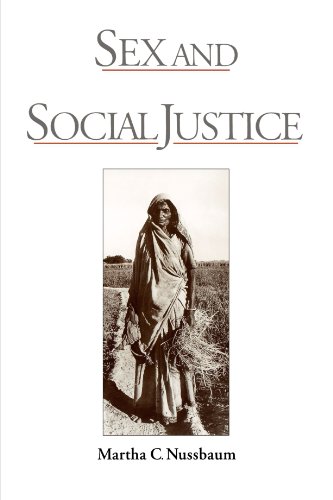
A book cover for Sex and Social Justice; Martha C. Nussbaum; Gay & Lesbian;